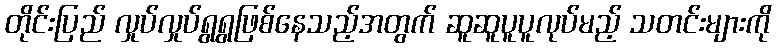
တိုင်းပြည် လှုပ်လှုပ်ရွရွဖြစ်နေသည့်အတွက် ဆူဆူပူပူလုပ်မည့် သတင်းများကို